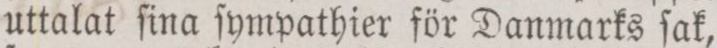
uttalat ſina ſympathier för Danmarks ſak,